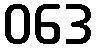
ဝဒေ